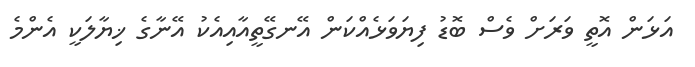
އަޅަން އޮތީ ވަރަށް ވެސް ބޮޑު ފިޔަވަޅެއްކަން އޭނގޭތީއާއިއެކު އޭނާގެ ޚިޔާލަކީ އެންމެ